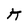
Character: K